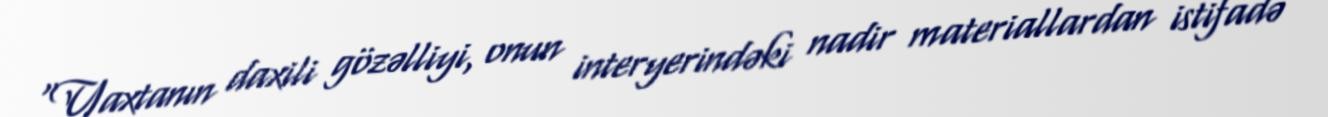
“Yaxtanın daxili gözəlliyi, onun interyerindəki nadir materiallardan istifadə